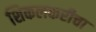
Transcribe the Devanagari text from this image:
शिकलकरीचा